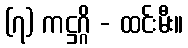
(၇) ကဋ္ဌဂ္ဂိ - ထင်းမီး။